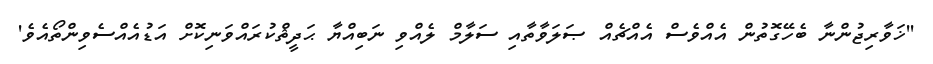
''ޚަވާރިޖުންނާ ބެހޭގޮތުން އެއްވެސް އެއްޗެއް ޞަލަވާތާއި ސަލާމް ލެއްވި ނަބިއްޔާ ޙަދީޘްކުރައްވަނިކޮށް އަޑުއެއްސެވިންތޯއެވެ'